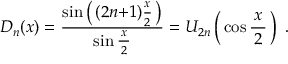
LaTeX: D _ { n } ( x ) = { \frac { \sin \left( \, ( 2 n { + } 1 ) { \frac { x } { 2 } } \, \right) } { \sin { \frac { \, x \, } { 2 } } } } = U _ { 2 n } \left( \, \cos { \frac { \, x \, } { 2 } } \, \right) ~ .